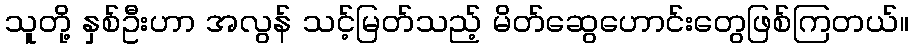
သူတို့ နှစ်ဦးဟာ အလွန် သင့်မြတ်သည့် မိတ်ဆွေဟောင်းတွေဖြစ်ကြတယ်။